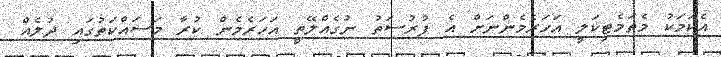
އެކަމަކު މެތަމެޓިކަލީ އަހަރެމެންނަށް އެ ފުރުސަތު ނުގެއްލޭތީ އަހަރެމެން ކުރާ މަސައްކަތުގައި ދުލެއް